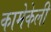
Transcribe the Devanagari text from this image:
कामेकेली